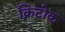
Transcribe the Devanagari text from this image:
क्रिटोक